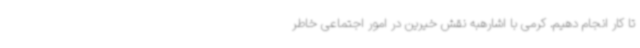
تا کار انجام دهیم. کرمی با اشارهبه نقش خیرین در امور اجتماعی خاطر